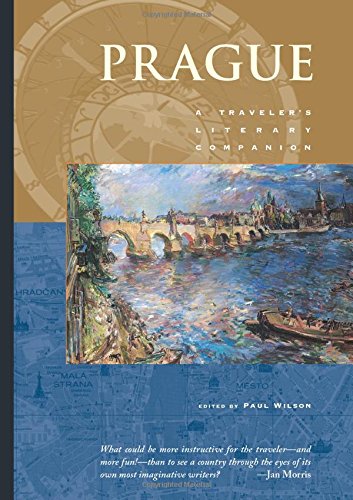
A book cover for Prague: A Traveler's Literary Companion (Traveler's Literary Companions); Paul Wilson; Literature & Fiction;